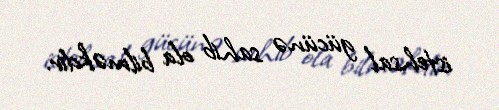
istehsal gücünə sahib ola bilməkdir.